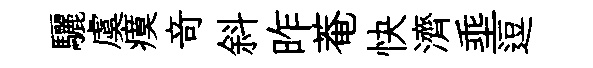
驪虞瘼竒斜昨菴快濟埀逗